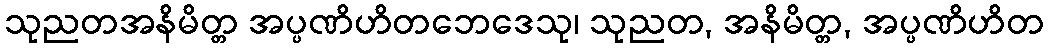
သုညတအနိမိတ္တ အပ္ပဏိဟိတဘေဒေသု၊ သုညတ, အနိမိတ္တ, အပ္ပဏိဟိတ